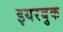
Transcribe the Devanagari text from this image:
इयरबुक